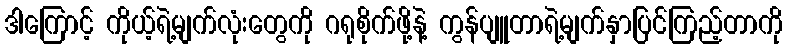
ဒါကြောင့် ကိုယ့်ရဲ့မျက်လုံးတွေကို ဂရုစိုက်ဖို့နဲ့ ကွန်ပျူတာရဲ့မျက်နှာပြင်ကြည့်တာကို